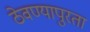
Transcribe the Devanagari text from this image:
ठेवण्यापुरता